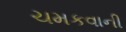
ચમકવાની